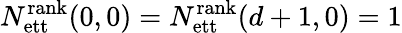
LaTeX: N_{\mathrm{ett}}^{\mathrm{rank}}(0,0)=N_{\mathrm{ett}}^{\mathrm{rank}}(d+1,0)=1